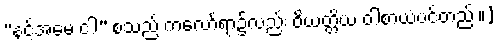
“နင့်အမေ ငါ” စသည် ကလော်ရာ၌လည်း ဝိယတ္တိယံ ဝါစာယံပင်တည်း။]